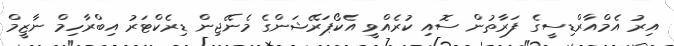
އިރު އެމްއާރްޑިސީގެ ފަރާތުން ސޮއި ކުރެއްވީ އެކޯޕަރޭޝަންގެ މެނޭޖިން ޑިރެކްޓަރު އިބްރާހިމް ނާޒީމް